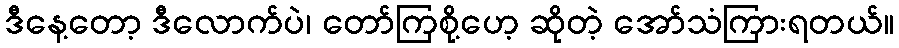
ဒီနေ့တော့ ဒီလောက်ပဲ၊ တော်ကြစို့ဟေ့ ဆိုတဲ့ အော်သံကြားရတယ်။